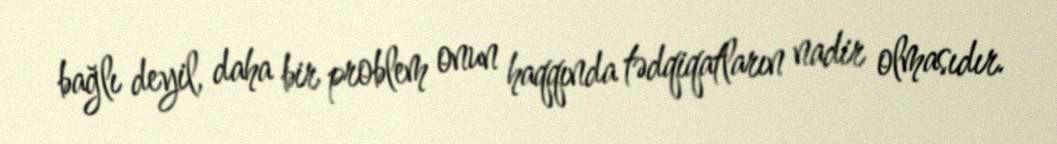
bağlı deyil, daha bir problem onun haqqında tədqiqatların nadir olmasıdır.